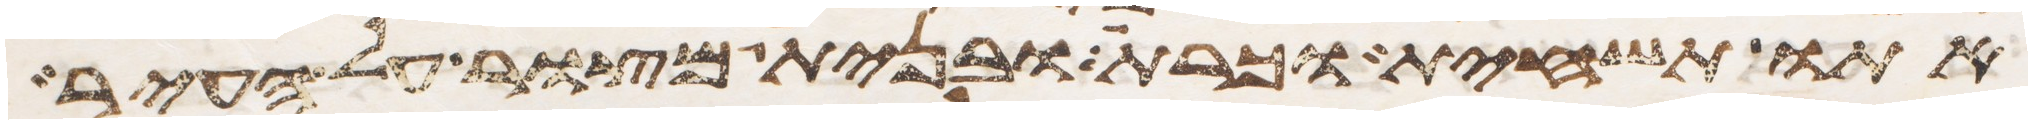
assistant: אתו תשחית וכרת ובנית מצור על העיר